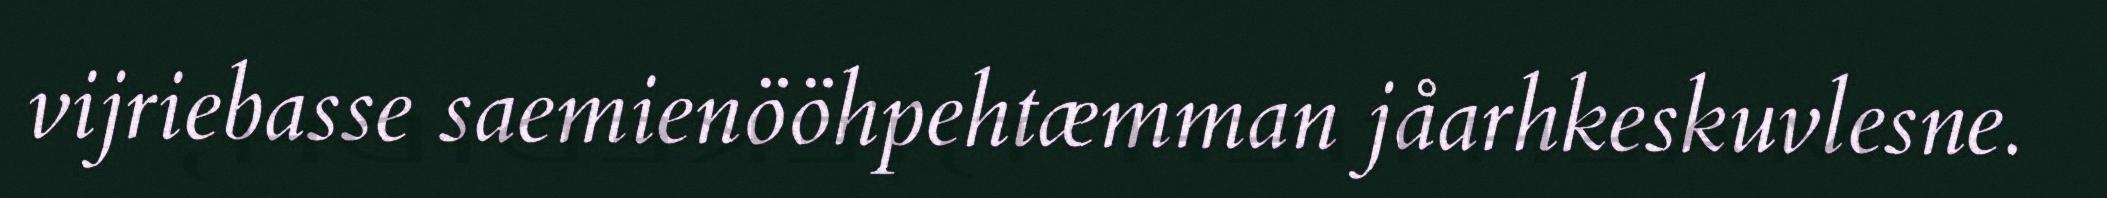
vijriebasse saemienööhpehtæmman jåarhkeskuvlesne.